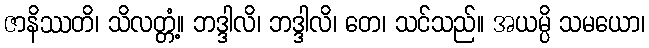
ဇာနိဿတိ၊ သိလတ္တံ့။ ဘဒ္ဒါလိ၊ ဘဒ္ဒါလိ၊ တေ၊ သင်သည်။ အယမ္ပိ သမယော၊